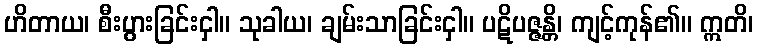
ဟိတာယ၊ စီးပွားခြင်းငှါ။ သုခါယ၊ ချမ်းသာခြင်းငှါ။ ပဋိပဇ္ဇန္တိ၊ ကျင့်ကုန်၏။ ဣတိ၊